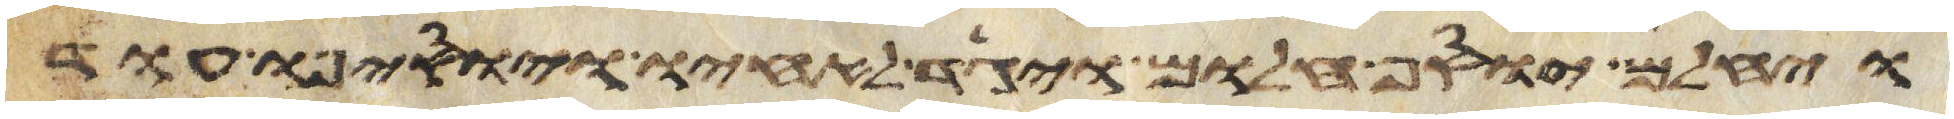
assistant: ויחלם יוסף חלום ויגד לאחיו ויוסיפו עוד